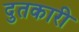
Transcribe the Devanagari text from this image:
दुतकारी